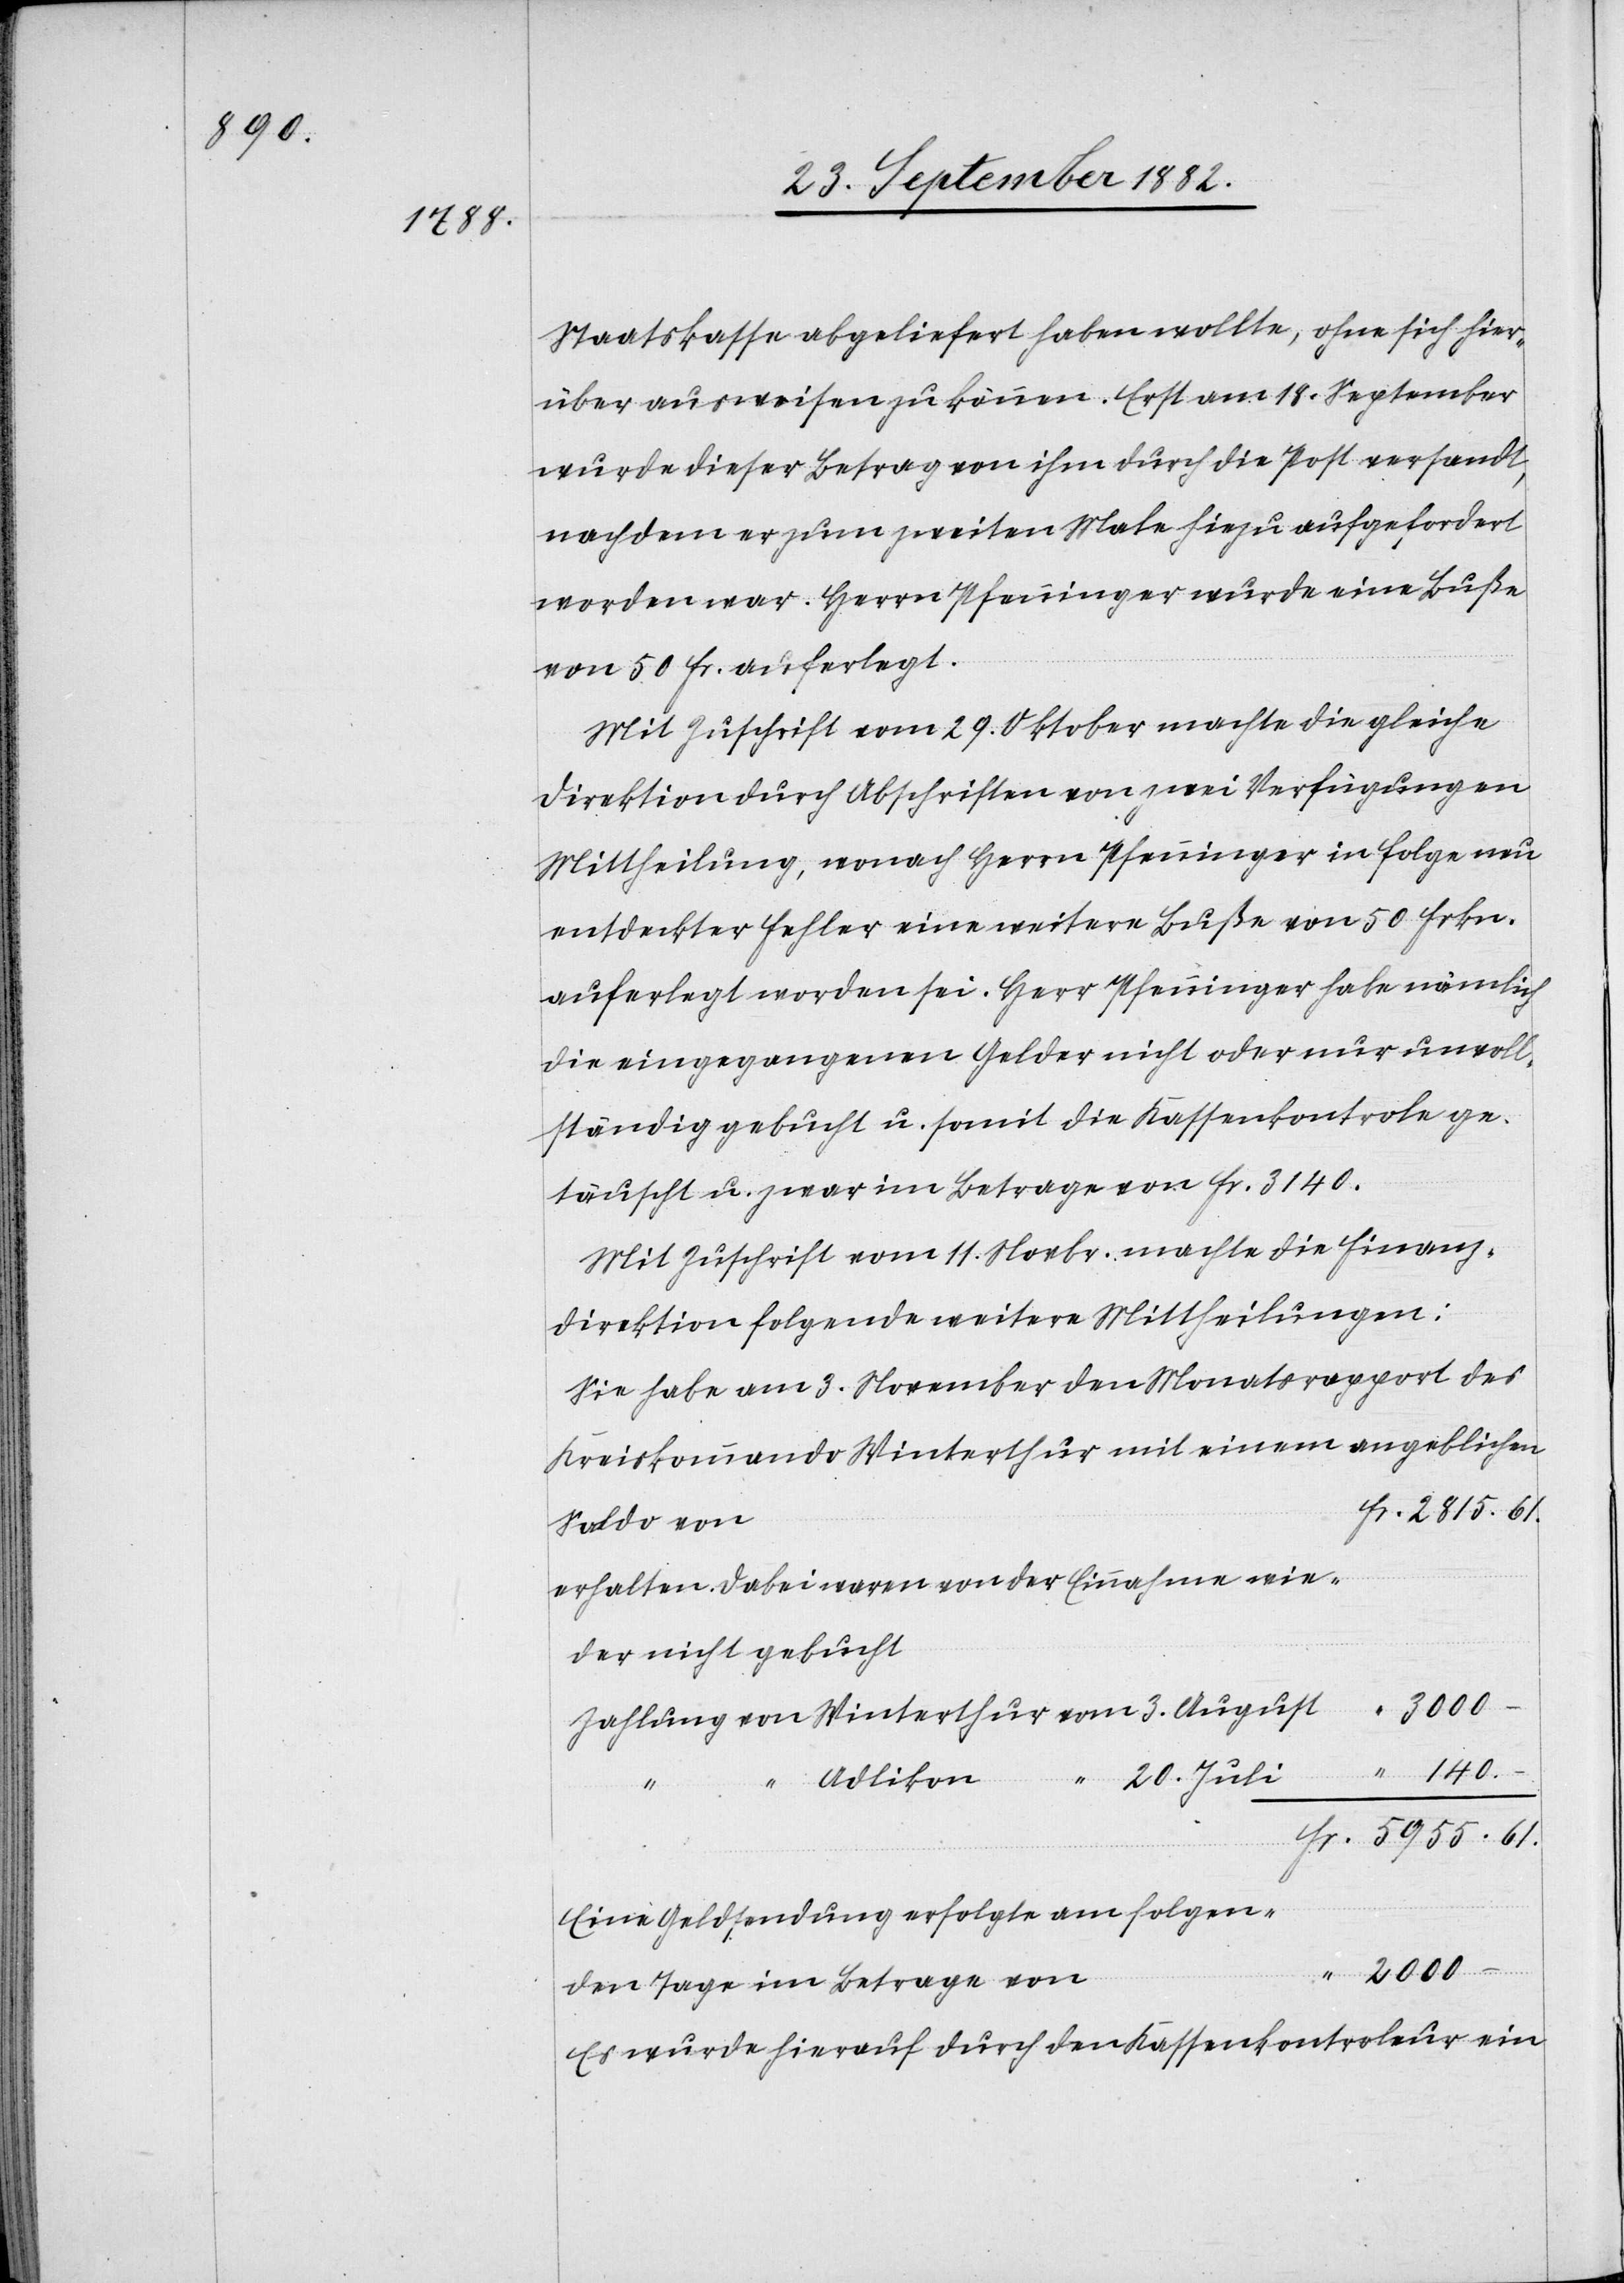
5955.

Staatskasse abgeliefert haben wollte, ohne sich hier¬
über ausweisen zu können. Erst am 18. September
wurde dieser Betrag von ihm durch die Post versandt,
nachdem er zum zweiten Male hiezu aufgefordert
worden war. Herrn Pfenninger wurde eine Buße
von 50 Fr. auferlegt.
Mit Zuschrift vom 29. Oktober machte die gleiche
Direktion durch Abschriften von zwei Verfügungen
Mittheilung, wonach Herrn Pfenninger in Folge neu
entdeckter Fehler eine weitere Buße von 50 Fr.
auferlegt worden sei. Herr Pfenninger habe nämlich
die eingegangenen Gelder nicht oder nur unvoll¬
ständig gebucht u. somit die Kassenkontrole ge¬
täuscht u. zwar im Betrag von Fr. 3140.
Mit Zuschrift vom 11. Novbr. machte die Finanz¬
direktion folgende weitere Mittheilungen:
Sie habe am 3. November den Monatsrapport des
Kreiskommando Winterthur mit einem angeblichen
Saldo von
erhalten. Dabei waren von der Einnahme wie¬
der nicht gebucht
August
3000
–
20. Juli
Eine Geldsendung erfolgte am folgen¬
2000
den Tage im Betrage von
Es wurde hierauf durch den Kassakontroleur ein